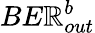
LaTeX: BE\mathbb{R}_{out}^{b}